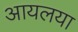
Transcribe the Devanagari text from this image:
आयलया